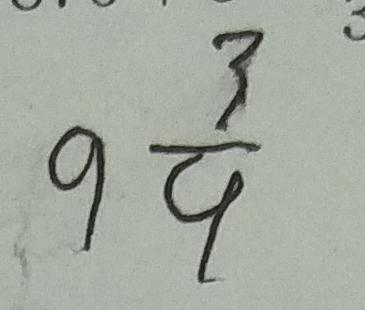
9 \frac { 3 } { 9 }